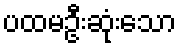
ပထမဦးဆုံးသော